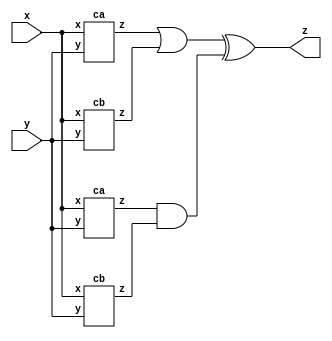
module top_module (input x, input y, output z);

wire w1, w2, w3, w4;
ca ca_u1(x, y, w1);
cb cb_u1(x, y, w2);
ca ca_u2(x, y, w3);
cb cb_u2(x, y, w4);

assign z = (w1 | w2) ^ (w3 & w4);

endmodule


module ca (input x, input y, output z);

assign z = (x ^ y) & x;

endmodule

module cb ( input x, input y, output z );

assign z = ~(x ^ y);

endmodule